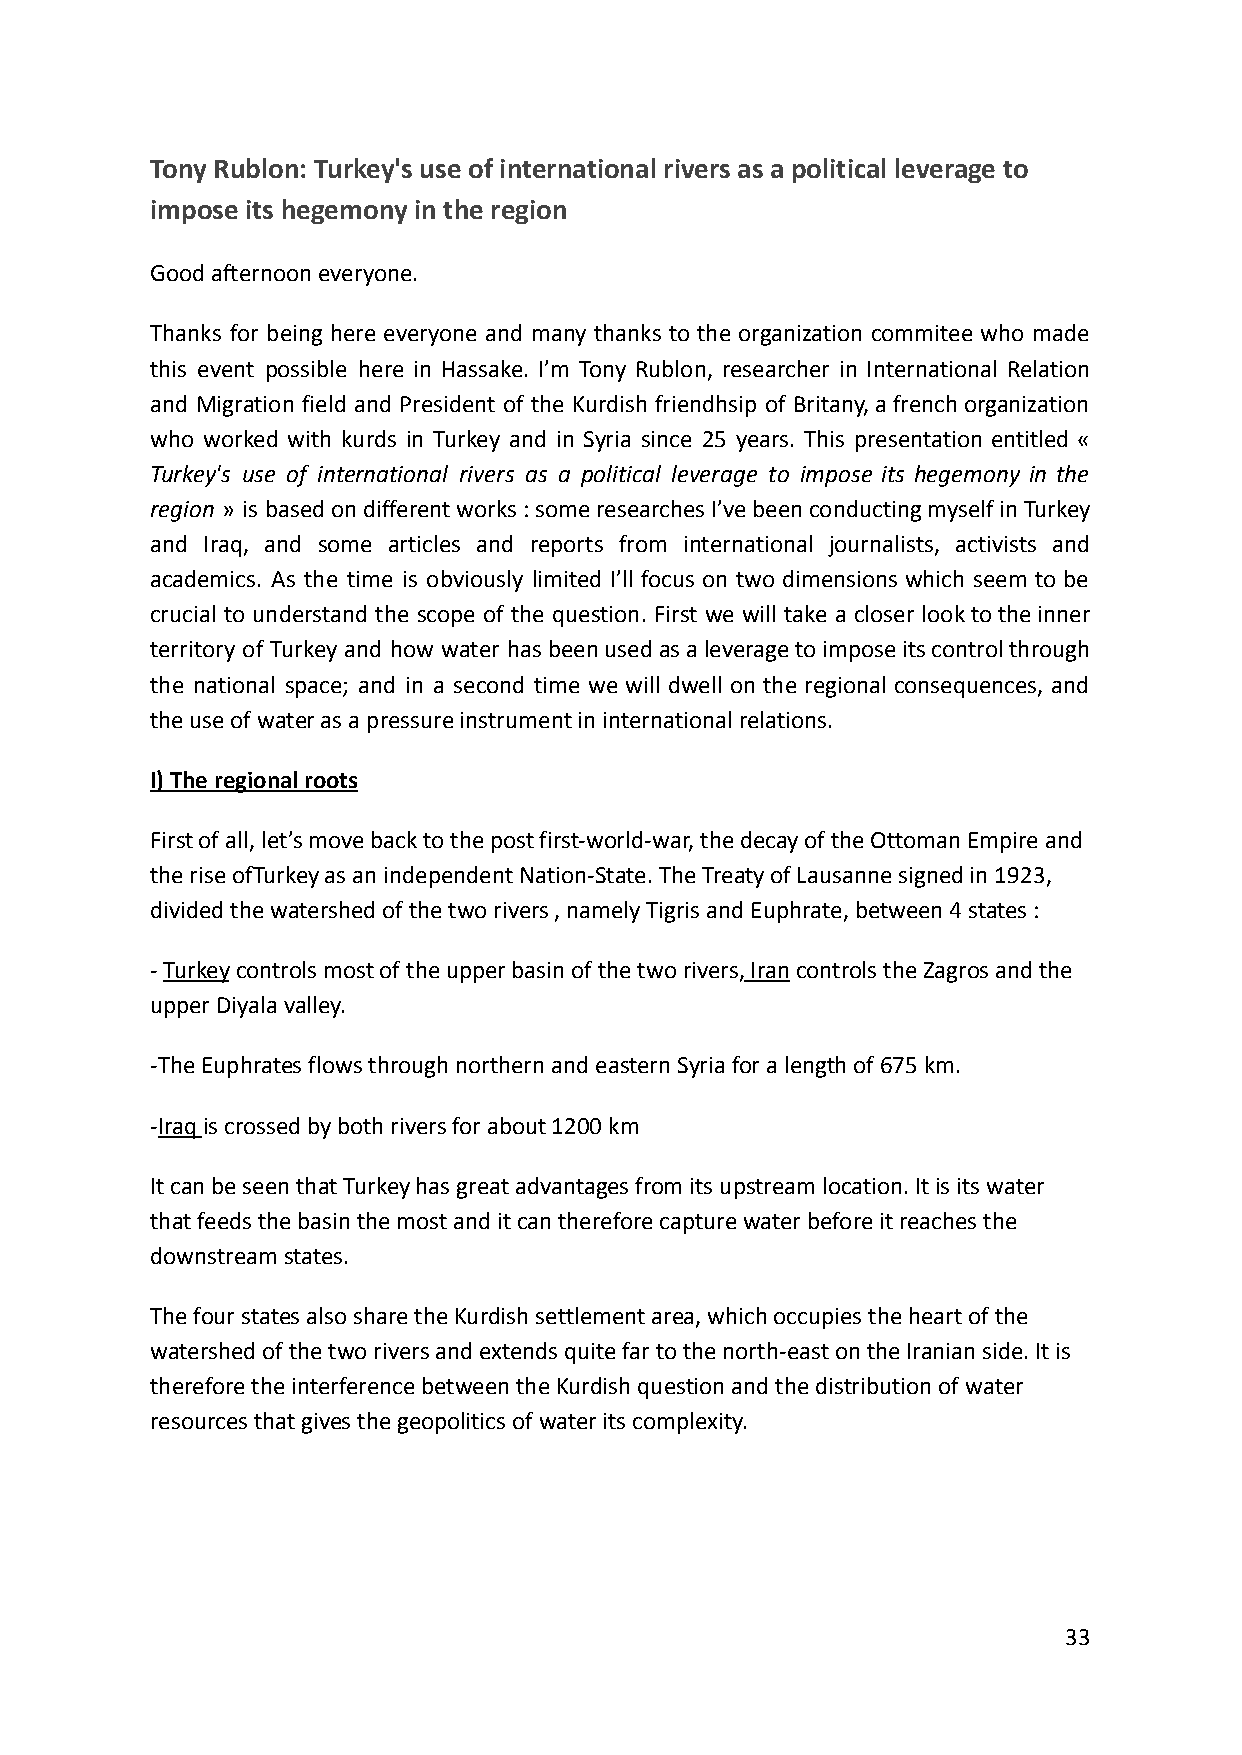
Tony Rublon: Turkey's use of international rivers as a political leverage to
 impose its hegemony in the region
 Good afternoon everyone.
 Thanks for being here everyone and many thanks to the organization commitee who made
 this event possible here in Hassake. I’m Tony Rublon, researcher in International Relation
 and Migration field and President of the Kurdish friendhsip of Britany,afrenchorganization
 who worked with kurds in Turkey and in Syria since 25 years. This presentation entitled «
 Turkey's use of international rivers as a political leverage to impose its hegemony in the
 region » is basedondifferentworks:someresearchesI’vebeenconductingmyselfinTurkey
 and Iraq, and some articles and reports from international journalists, activists and
 academics. As the time is obviously limited I’ll focus on two dimensions which seem to be
 crucial to understand the scope of the question. First we will take a closer looktotheinner
 territory of Turkey and how water hasbeenusedasaleveragetoimposeitscontrolthrough
 the national space; and in a second time we will dwell on the regional consequences, and
 the use of water as a pressure instrument in international relations.
 I) The regional roots
 First of all, let’s move back to the post first-world-war, the decay of the Ottoman Empire and
 the rise ofTurkey as an independent Nation-State. The Treaty of Lausanne signed in 1923,
 divided the watershed of the two rivers , namely Tigris and Euphrate, between 4 states :
 -Turkeycontrols most of the upper basin of the tworivers,Irancontrols the Zagros and the
 upper Diyala valley.
 -The Euphrates flows through northern and eastern Syriafor a length of 675 km.
 -Iraqis crossed by both rivers for about 1200 km
 It can be seen that Turkey has great advantages from its upstream location. It is its water
 that feeds the basin the most and it can therefore capture water before it reaches the
 downstream states.
 The four states also share the Kurdish settlement area, which occupies the heart of the
 watershed of the two rivers and extends quite far to the north-east on the Iranian side. It is
 therefore the interference between the Kurdish question and the distribution of water
 resources that gives the geopolitics of water its complexity.
 33